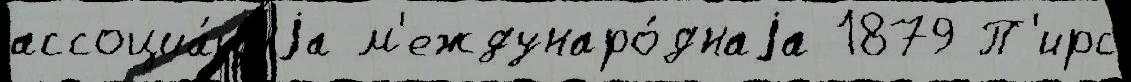
ассоциа́циjа м'еждунаро́днаjа 1879 П'ирс